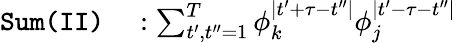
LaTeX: \begin{array}{rl}{\texttt{Sum}\texttt{(II)}}&{{}:\sum_{t^{\prime},t^{\prime\prime}=1}^{T}\phi_{k}^{\mid t^{\prime}+\tau-t^{\prime\prime}\mid}\phi_{j}^{\mid t^{\prime}-\tau-t^{\prime\prime}\mid}}\end{array}